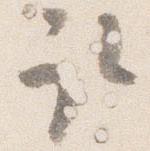
取